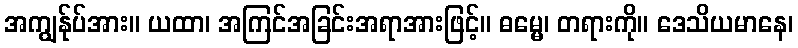
အကျွန်ုပ်အား။ ယထာ၊ အကြင်အခြင်းအရာအားဖြင့်။ ဓမ္မေ၊ တရားကို။ ဒေသိယမာနေ၊